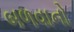
બળવાનો